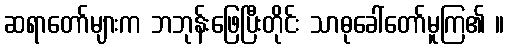
ဆရာတော်များက ဘဘုန်းဖြေပြီးတိုင်း သာဓုခေါ်တော်မူကြ၏ ။